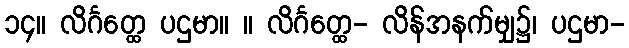
၁၄။ လိင်္ဂတ္ထေ ပဌမာ။ ။ လိင်္ဂတ္ထေ- လိန်အနက်မျှ၌၊ ပဌမာ-